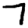
Digit: 7